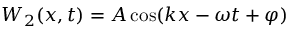
W _ { 2 } ( x , t ) = A \cos ( k x - \omega t + \varphi )